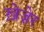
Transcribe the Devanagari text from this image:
ख़ेज़ेर